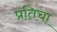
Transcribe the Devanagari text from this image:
प्रतिचा